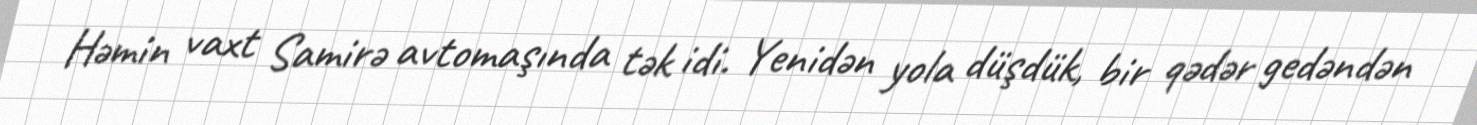
Həmin vaxt Samirə avtomaşında tək idi. Yenidən yola düşdük, bir qədər gedəndən